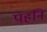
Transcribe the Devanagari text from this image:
पहनि